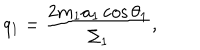
q _ { 1 } = \frac { 2 m _ { 1 } a _ { 1 } \cos \theta _ { 1 } } { \Sigma _ { 1 } } ,